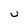
Character: v